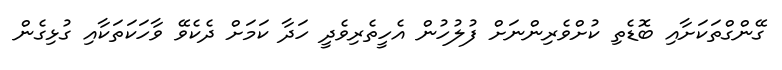
ގޭންގްތަކަށާއި ބޮޑެތި ކުށްވެރިންނަށް ފުލުހުން އެހީތެރިވެދީ ހަދާ ކަމަށް ދެކެވޭ ވާހަކަތަކާއި ގުޅިގެން